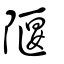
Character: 隁